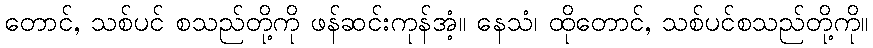
တောင်, သစ်ပင် စသည်တို့ကို ဖန်ဆင်းကုန်အံ့။ နေသံ၊ ထိုတောင်, သစ်ပင်စသည်တို့ကို။